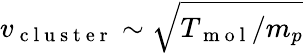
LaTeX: v_{\mathrm{~c~l~u~s~t~e~r~}}\sim\sqrt{T_{\mathrm{~m~o~l~}}/m_{p}}